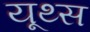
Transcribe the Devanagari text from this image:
यूथ्स